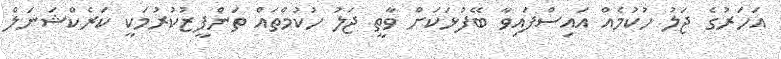
އަހަރުގެ ޖަލު ހުކުމެއް އައިސްފައިވާ ބޭފުޅަކަށް ވާތީ ޖަލު ހުކުމްތައް ތަންފީޒުކުރުމަކީ ކަރެކްޝަނަލް